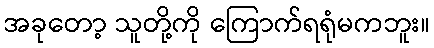
အခုတော့ သူတို့ကို ကြောက်ရရုံမကဘူး။